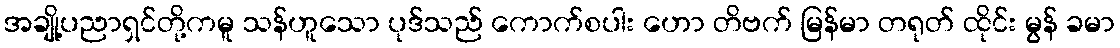
အချို့ပညာရှင်တို့ကမူ သန်ဟူသော ပုဒ်သည် ကောက်စပါး ဟော တိဗက် မြန်မာ တရုတ် ထိုင်း မွန် ခမာ